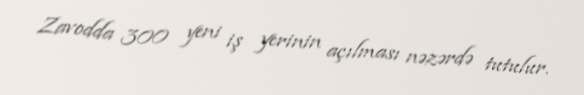
Zavodda 300 yeni iş yerinin açılması nəzərdə tutulur.